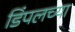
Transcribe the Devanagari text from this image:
डिंपलच्या